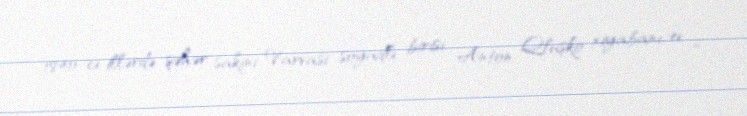
1840-cı illərdə şəhər sakini Varvasi soyadlı birisi Anton Qluşko xiyabanı, ev 6